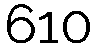
610